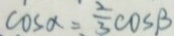
\cos \alpha = \frac { 2 } { 3 } \cos \beta